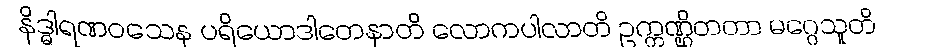
နိဒ္ဓါရဏဝသေန ပရိယောဒါတေနာတိ လောကပါလာတိ ဥက္ကဏ္ဌိတတာ မဂ္ဂေသူတိ